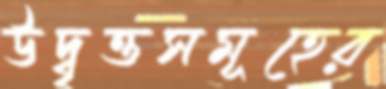
উদ্বৃত্তসমূহের